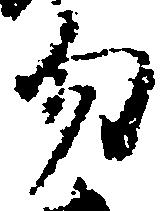
勿